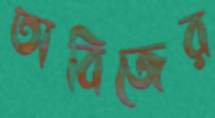
তাবিজের